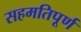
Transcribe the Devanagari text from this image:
सहमतिपूर्ण